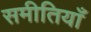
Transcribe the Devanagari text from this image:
समीतियाँ